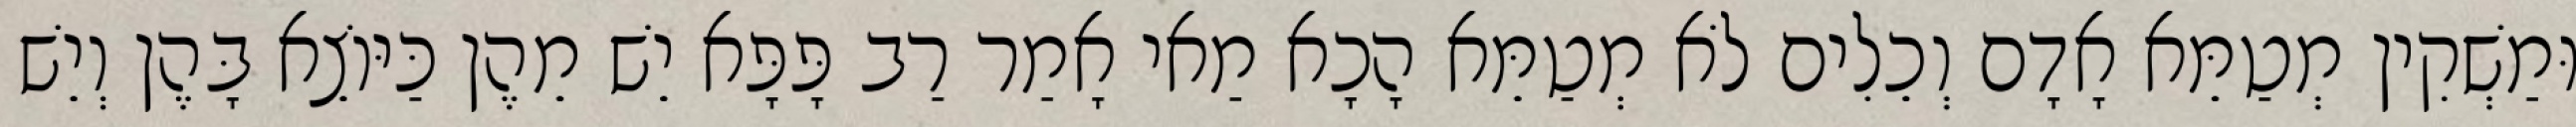
וּמַשְׁקִין מְטַמֵּא אָדָם וְכֵלִים לֹא מְטַמֵּא הָכָא מַאי אָמַר רַב פָּפָּא יֵשׁ מֵהֶן כַּיּוֹצֵא בָּהֶן וְיֵשׁ